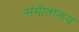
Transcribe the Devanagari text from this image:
संगीतालय